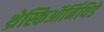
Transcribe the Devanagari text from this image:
थ्रेस्किऑर्निथिडे